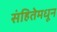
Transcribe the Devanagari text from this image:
संहितेमधून